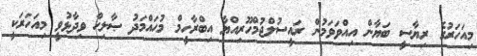
މިއަހަރުގެ ރިޔާސީ ބަޔާން އިއްވަވަމުން ރައީސުލްޖުމްހޫރިއްޔާ އިބްރާހީމް މުޙައްމަދު ޞާލިޙް ވިދާޅުވީ މިއަހަރަކީ